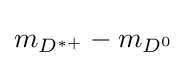
m_{D^{*+}}-m_{D^{0}}